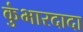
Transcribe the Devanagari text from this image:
कुंभारदादा